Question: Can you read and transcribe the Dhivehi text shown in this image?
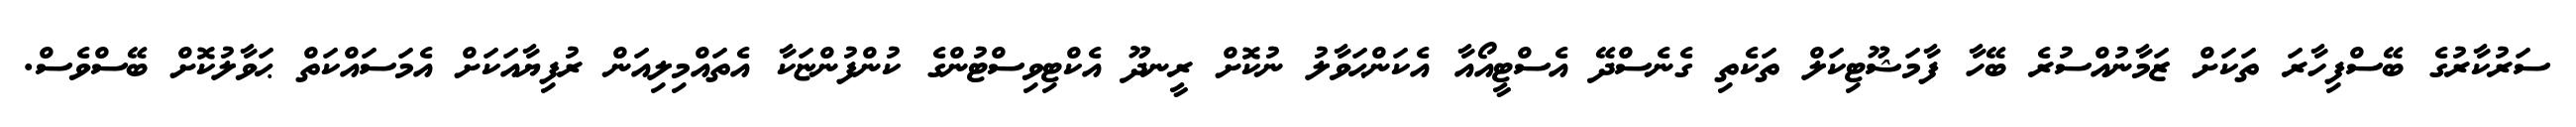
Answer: ސަރުކާރުގެ ބޭސްފިހާރަ ތަކަށް ޒަމާނުއްސުރެ ބޭހާ ފާމަޝޫޓިކަލް ތަކެތި ގެނެސްދޭ އެސްޓީއޯއާ އެކަންޙަވާލު ނުކޮށް ރީނދޫ އެކްޓިވިސްޓުންގެ ކުންފުންޏަކާ އެތައްމިލިއަން ރުފިޔާއަކަށް އެމަސައްކަތް ޙަވާލުކޮށް ބޭސްވެސް.